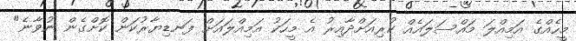
މީހެއްގެ އަމިއްލަ މައްސަލައެއް ކުރިއަށްދާއިރު އެ މީހަކު އަމިއްލައަށް ފަނޑިޔާރުކަން ކޮށްގެން ނުވާނެ"